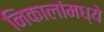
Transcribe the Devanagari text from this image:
निकालांमध्ये